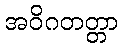
အဝိဂတတ္တာ